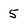
Character: 5